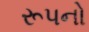
રૂપનો